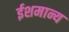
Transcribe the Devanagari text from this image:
ईशमान्य